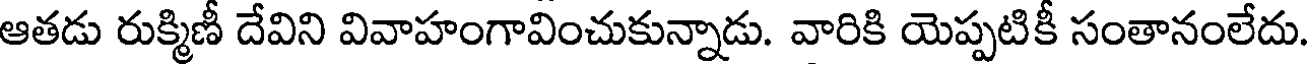
ఆతడు రుక్మిణీ దేవిని వివాహంగావించుకున్నాడు. వారికి యెప్పటికీ సంతానంలేదు